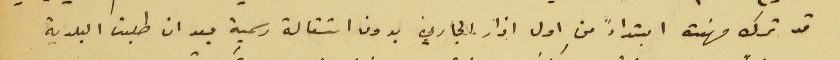
قد ترك مهنته ابتداءً من اول اذار الجاري بدون استقالة رسمية بعد ان طلبت البلدية